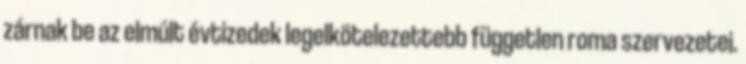
zárnak be az elmúlt évtizedek legelkötelezettebb független roma szervezetei.